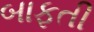
બાફતી